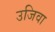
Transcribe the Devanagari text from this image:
उजिवा